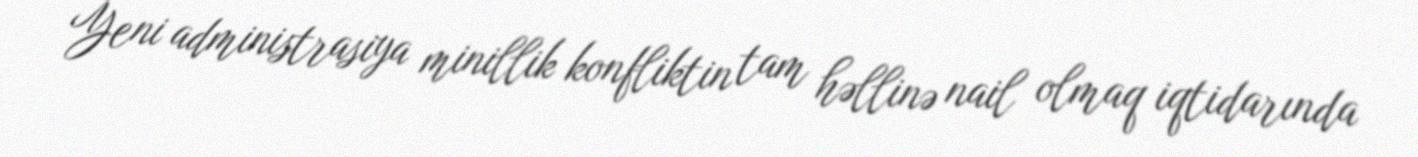
Yeni administrasiya minillik konfliktin tam həllinə nail olmaq iqtidarında